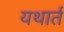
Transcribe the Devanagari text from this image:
यथार्त